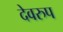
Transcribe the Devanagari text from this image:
देवरुप